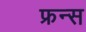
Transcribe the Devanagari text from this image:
फ्रन्स